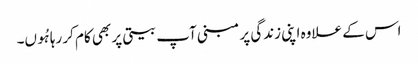
اس کے علاوہ اپنی زندگی پر مبنی آپ بیتی پر بھی کام کر رہا ہُوں۔